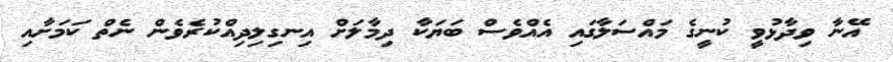
އޭނާ ވިދާޅުވީ ކުނީގެ މައްސަލާގައި އެއްވެސް ބަޔަކާ ދިމާލަށް އިނގިލިދިއްކުރެވެން ނެތް ކަމަށާއި